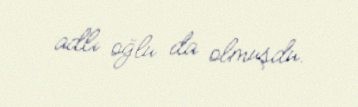
adlı oğlu da olmuşdu.